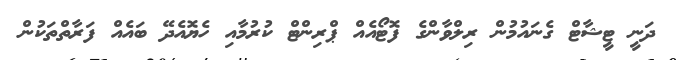
ދަނީ ޓީޝާޓް ގެނައުމުން ރިލްވާންގެ ފޮޓޯއެއް ޕްރިންޓް ކުރުމާއި ހެޔޮއެދޭ ބައެއް ފަރާތްތަކުން